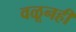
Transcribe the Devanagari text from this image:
वळूनही